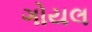
ગોયલ